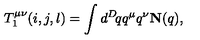
T _ { 1 } ^ { \mu \nu } ( i , j , l ) = \int d ^ { D } \! q q ^ { \mu } q ^ { \nu } { \bf N } ( q ) ,